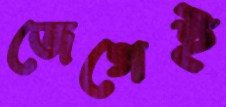
জেগেই